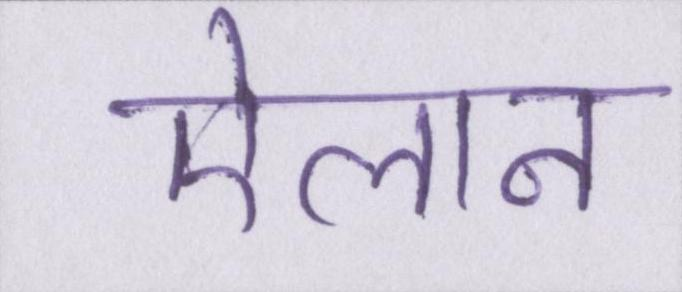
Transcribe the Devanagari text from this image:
ऐलान